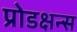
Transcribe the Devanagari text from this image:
प्रोडक्षन्स